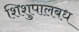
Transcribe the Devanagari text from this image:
शिशुपालबध